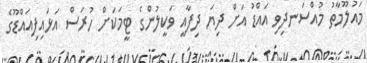
މައުލޫމާތު މުއްސަނދިވި އައްޑު އަށް ދިޔަ ދިފާއީ ވަކީލުންގެ ޓީމަކަށް ހުރަސް އަޅައިފިއައްޑޫގެ